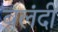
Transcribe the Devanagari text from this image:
बलंदी